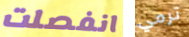
انفصلت ترمي